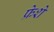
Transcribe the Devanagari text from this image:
फ्रेशे